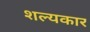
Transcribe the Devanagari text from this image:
शल्यकार